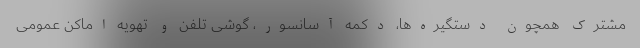
مشترک همچون دستگیره‌ها، دکمه آسانسور، گوشی تلفن و تهویه اماکن عمومی